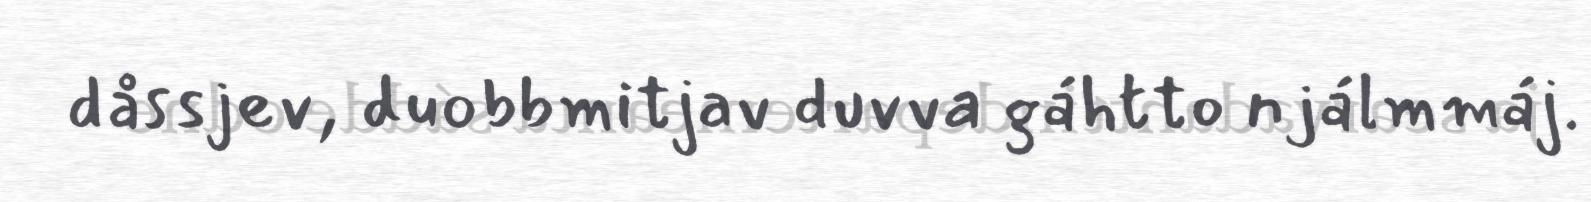
dåssjev, duobbmitjav duvva gáhtto njálmmáj.